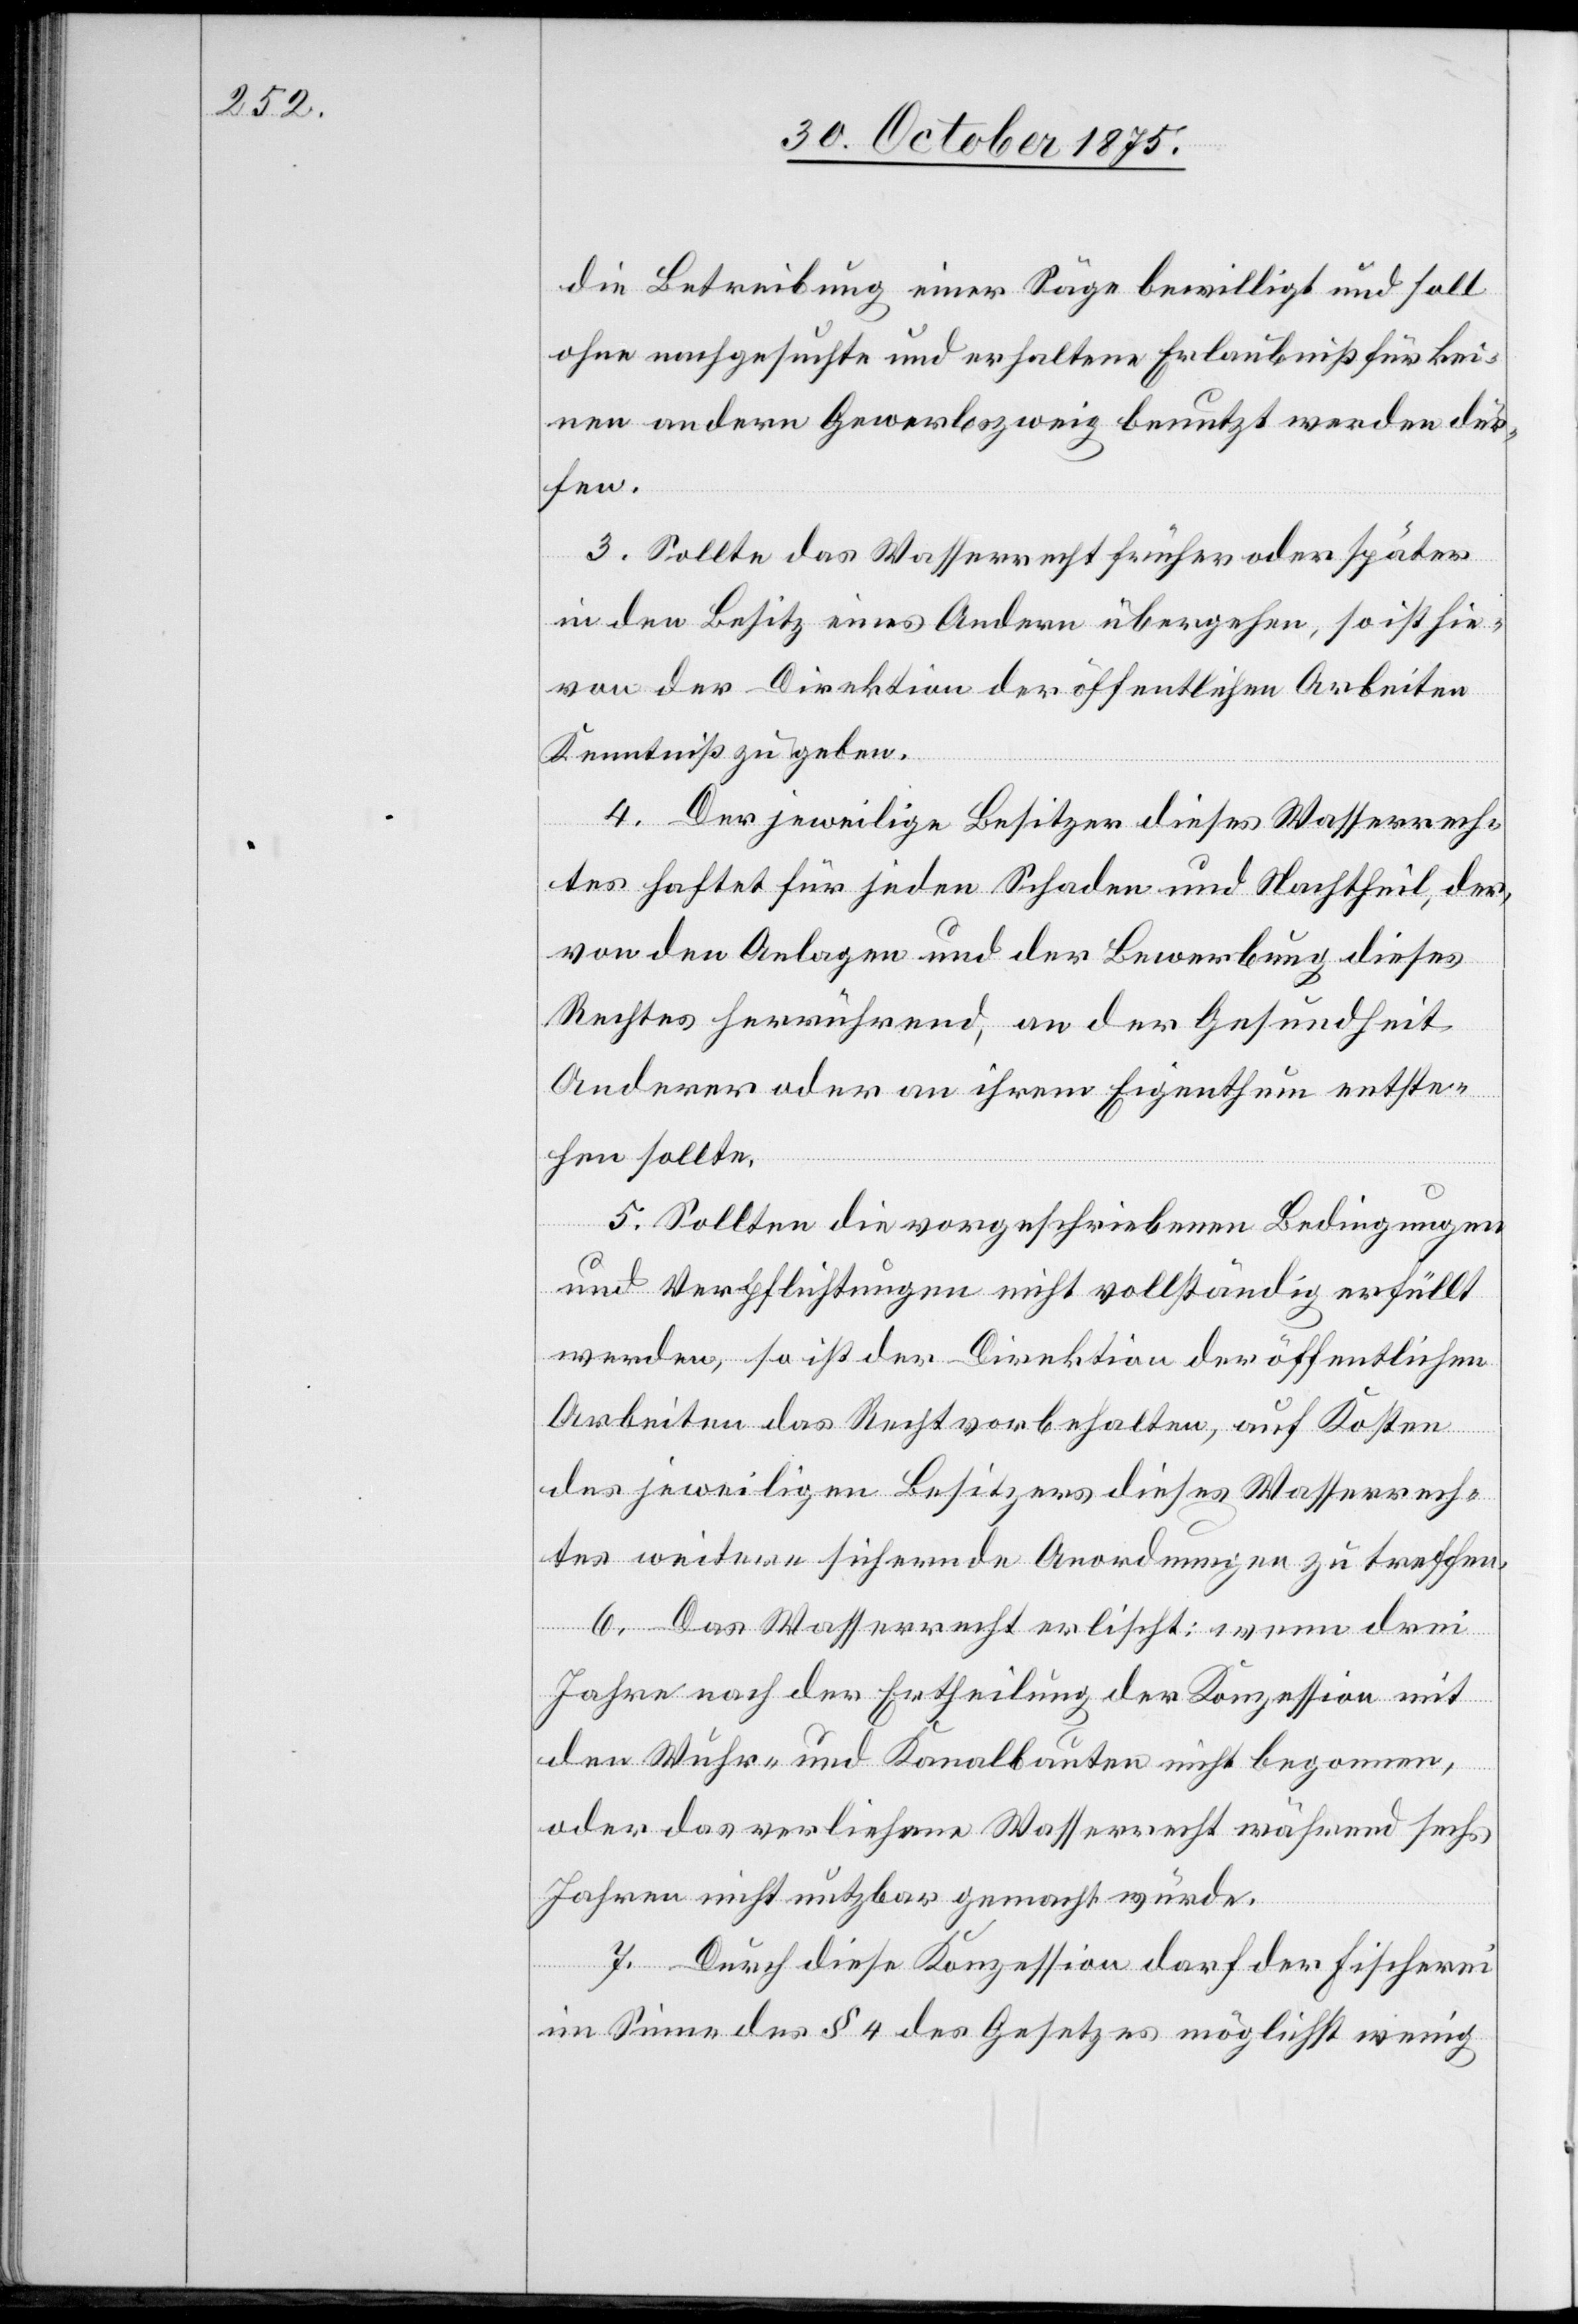
die Betreibung einer Säge bewilligt und soll
ohne nachgesuchte und erhaltene Erlaubniß für kei¬
nen andern Gewerbszweig benutzt werden dür¬
fen.
3. Sollte das Wasserrecht früher oder später
in den Besitz eines Andern übergehen, so ist hie¬
von der Direktion der öffentlichen Arbeiten
Kenntniß zu geben.
4. Der jeweilige Besitzer dieses Wasserrech¬
tes haftet für jeden Schaden und Nachtheil, der,
von den Anlagen und der Bewerbung dieses
Rechtes herrührend, an der Gesundheit
Anderer oder an ihrem Eigenthum entste¬
hen sollte.
5. Sollte die vorgeschriebenen Bedingungen
und Verpflichtungen nicht vollständig erfüllt
werden, so ist der Direktion der öffentlichen
Arbeiten das Recht vorbehalten, auf Kosten
des jeweiligen Besitzers dieses Wasserrech¬
tes weitere sichernde Anordnungen zu treffen.
6. Das Wasserrecht erlischt: wenn drei
Jahre nach der Ertheilung der Konzession mit
den Wuhr- und Kanalbauten nicht begonnen,
oder das verliehene Wasserrecht während sechs
Jahren nicht nutzbar gemacht würde.
7. Durch diese Konzession darf der Fischerei
im Sinne des § 4 des Gesetzes möglichst wenig